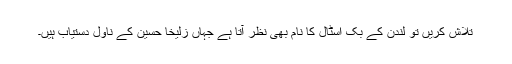
تلاش کریں تو لندن کے بک اسٹال کا نام بھی نظر آتا ہے جہاں زُلیخا حُسین کے ناول دستیاب ہیں۔